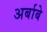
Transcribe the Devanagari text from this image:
अर्बाबे